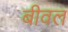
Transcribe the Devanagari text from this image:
बीवल